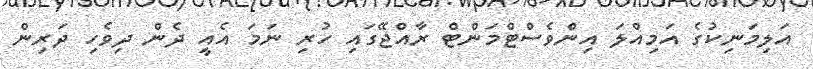
އަލިމަނިކުގެ އަމިއްލަ އިންވެސްޓްމަންޓް ރާއްޖޭގައި ހުރި ނަމަ އެއީ ދެން ދިވެހި ދަރިން